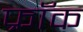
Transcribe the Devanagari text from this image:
फ्राॅक